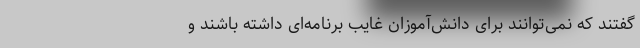
گفتند که نمی‌توانند برای دانش‌آموزان غایب برنامه‌ای داشته باشند و